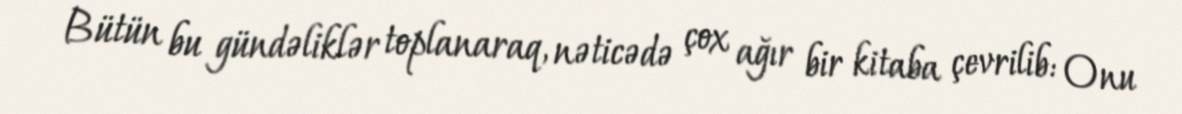
Bütün bu gündəliklər toplanaraq, nəticədə çox ağır bir kitaba çevrilib: Onu